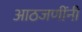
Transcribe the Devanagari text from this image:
आठजणींनी